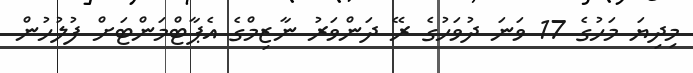
މިދިޔަ މަހުގެ 17 ވަނަ ދުވަހުގެ ރޭ ދަންވަރު ނާޒިމްގެ އެޕާޓްމަންޓަށް ފުލުހުން